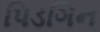
પિડગિન